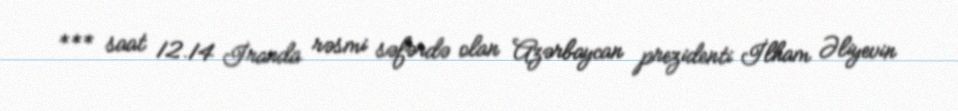
*** saat 12.14 İranda rəsmi səfərdə olan Azərbaycan prezidenti İlham Əliyevin